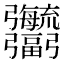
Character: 𢑎